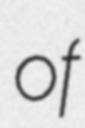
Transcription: of